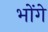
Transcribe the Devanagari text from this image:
भोंगे